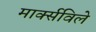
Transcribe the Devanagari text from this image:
मार्क्सविले